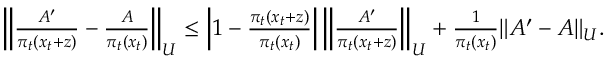
\begin{array} { r } { \left\| \frac { A ^ { \prime } } { \pi _ { t } ( x _ { t } + z ) } - \frac { A } { \pi _ { t } ( x _ { t } ) } \right\| _ { U } \le \left| 1 - \frac { \pi _ { t } ( x _ { t } + z ) } { \pi _ { t } ( x _ { t } ) } \right| \left\| \frac { A ^ { \prime } } { \pi _ { t } ( x _ { t } + z ) } \right\| _ { U } + \frac { 1 } { \pi _ { t } ( x _ { t } ) } \| A ^ { \prime } - A \| _ { U } . } \end{array}